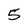
Character: 5